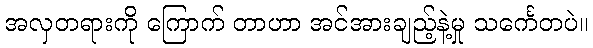
အလှတရားကို ကြောက် တာဟာ အင်အားချည့်နဲ့မှု သင်္ကေတပဲ။